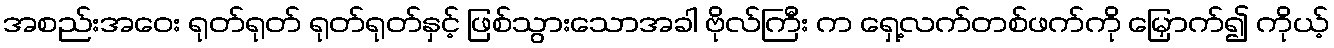
အစည်းအဝေး ရုတ်ရုတ် ရုတ်ရုတ်နှင့် ဖြစ်သွားသောအခါ ဗိုလ်ကြီး က ရှေ့လက်တစ်ဖက်ကို မြှောက်၍ ကိုယ့်